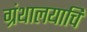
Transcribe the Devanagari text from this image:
ग्रंथालयाचि